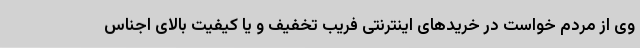
وی از مردم خواست در خریدهای اینترنتی فریب تخفیف و یا کیفیت بالای اجناس